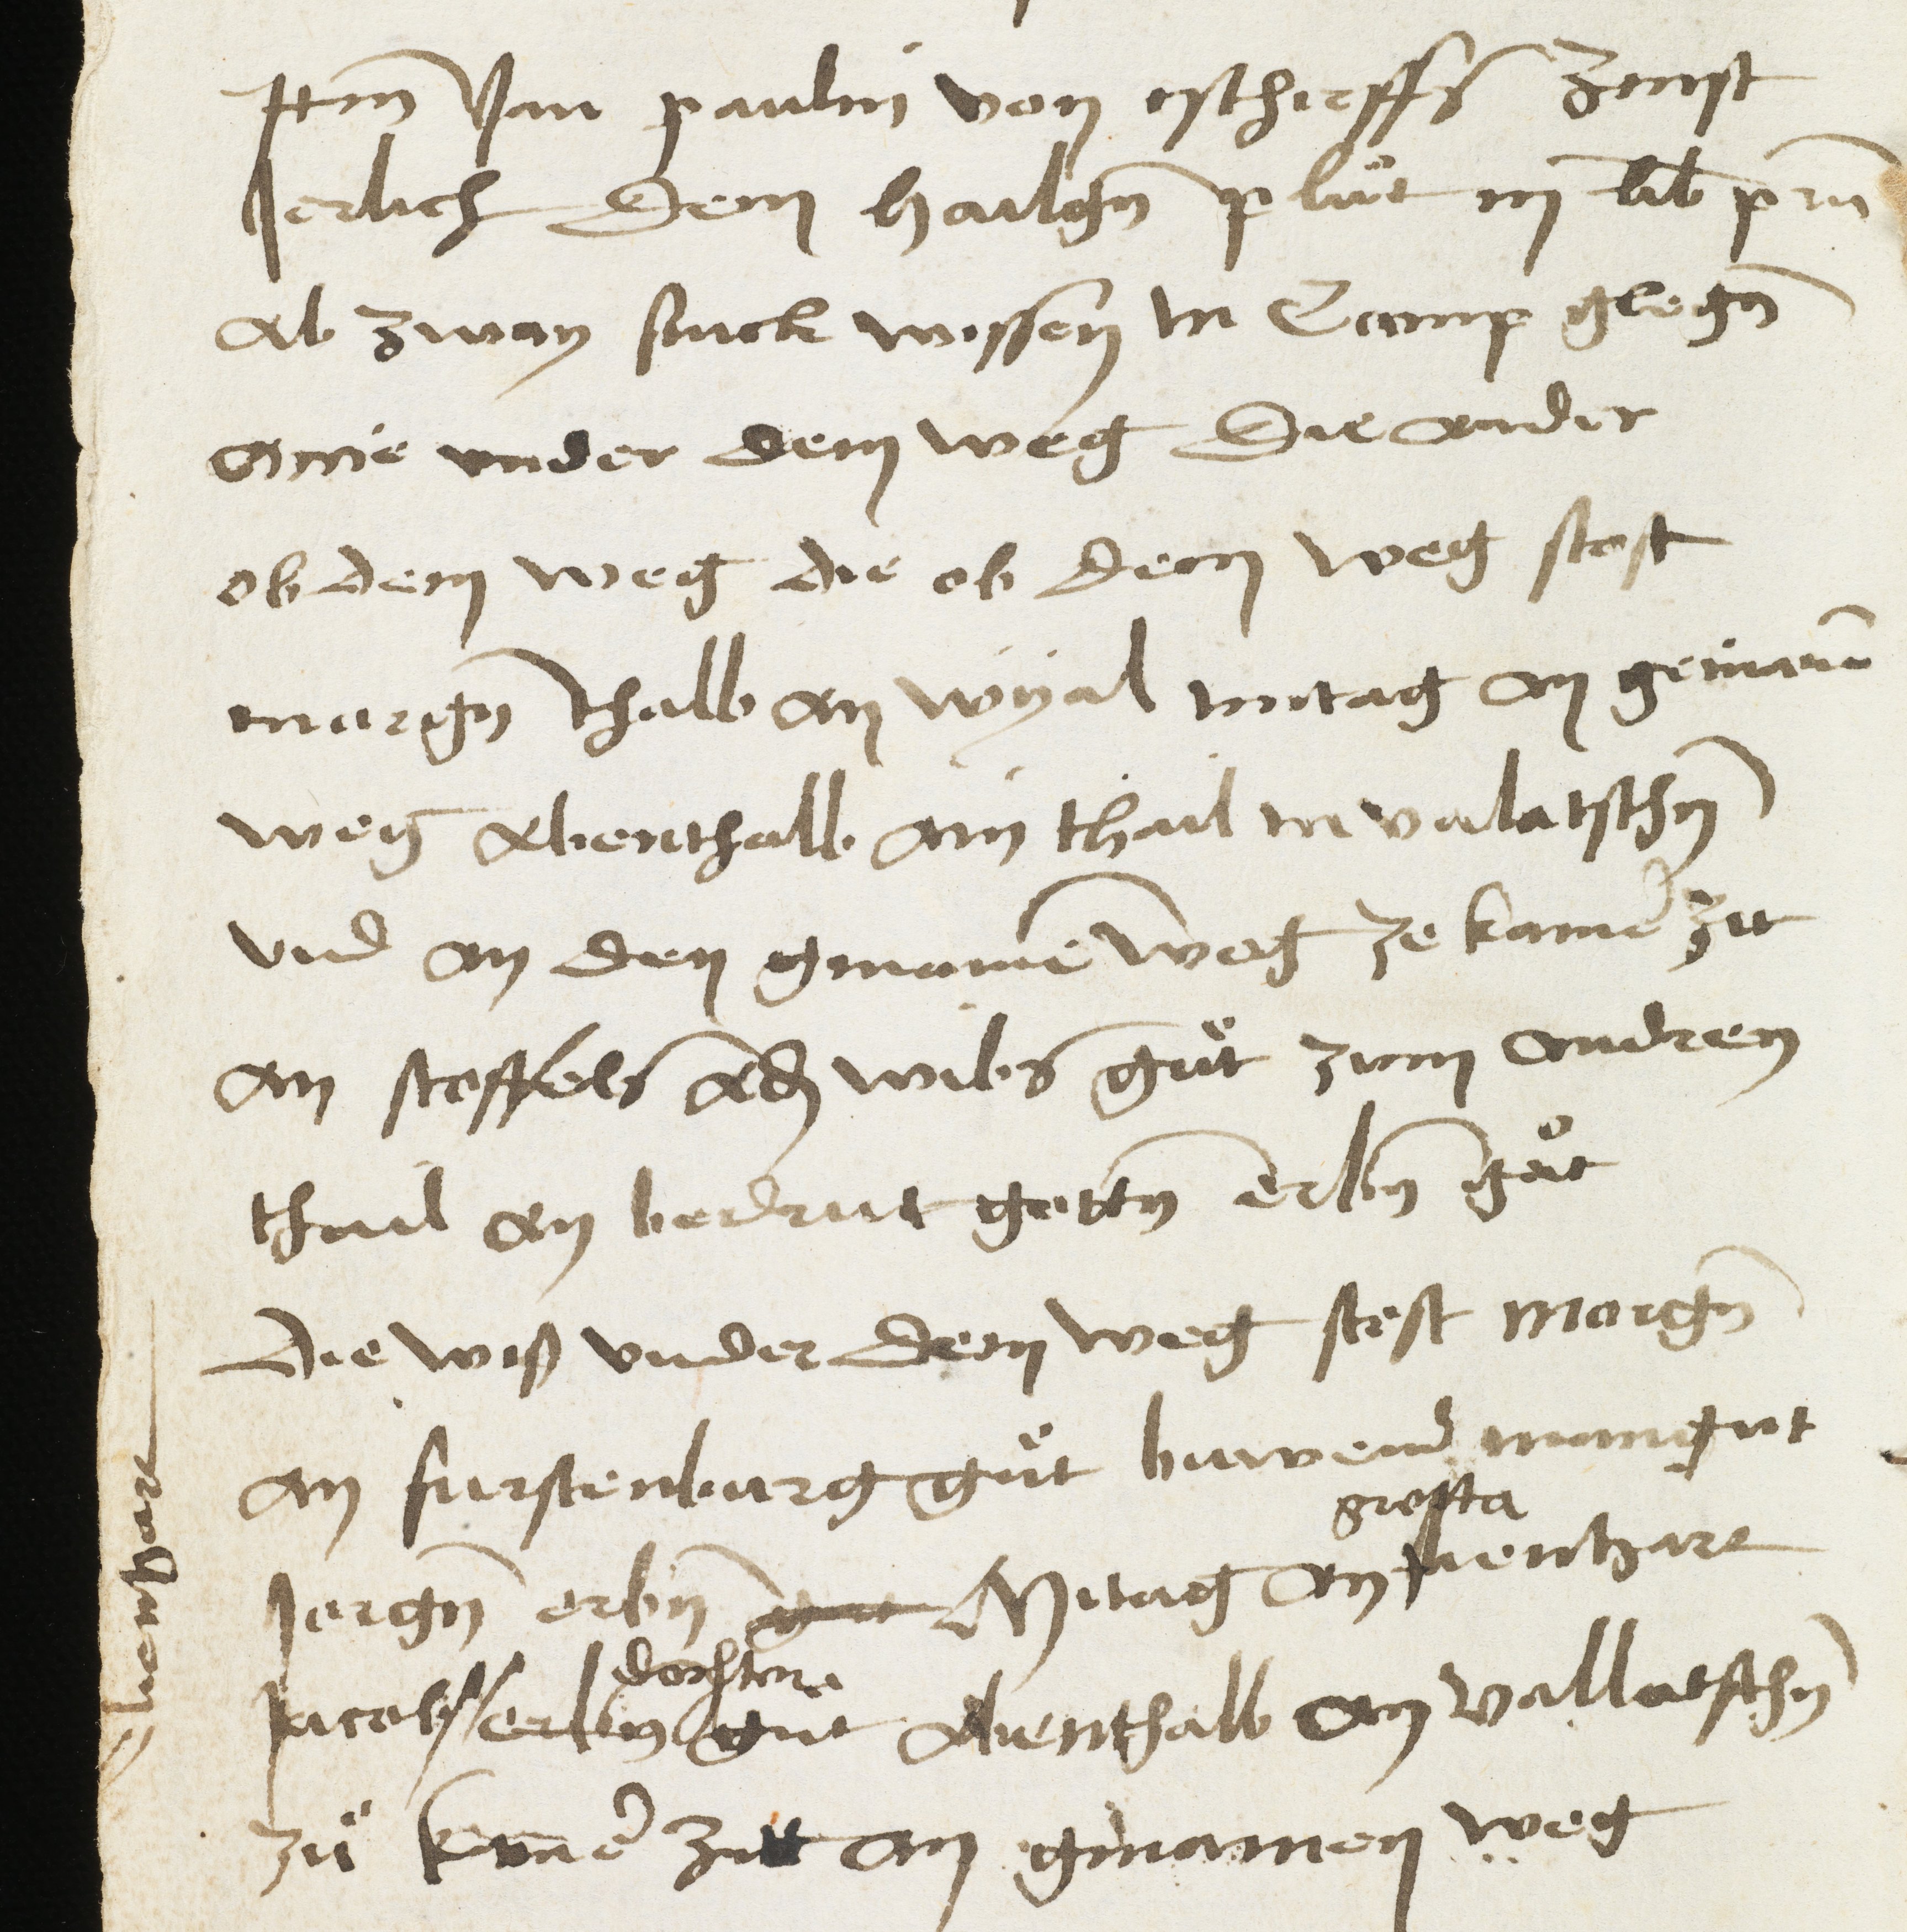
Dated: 1460–1460